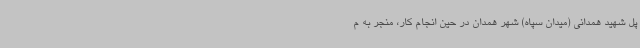
پل شهید همدانی (میدان سپاه) شهر همدان در حین انجام کار، منجر به م